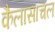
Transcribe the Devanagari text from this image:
कैलासाचल